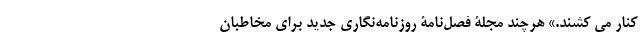
کنار می کشند.» هر‌چند مجلۀ فصل‌نامۀ روزنامه‌نگاری جدید برای مخاطبان